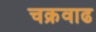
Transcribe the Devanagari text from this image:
चक्रवाढ